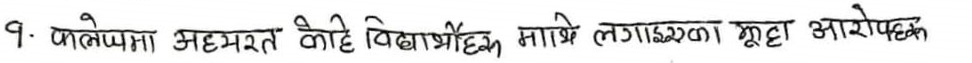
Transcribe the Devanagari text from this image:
१. कागजमा अदमरत कोहि विद्यार्थीको मात्रै लगाइएको झुट्टा आरोप हो।